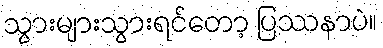
သွားများသွားရင်တော့ ပြဿနာပဲ။